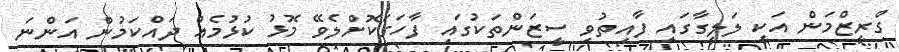
ގްރީޒްމަން އަކީ ލަލީގާގައި ފާއިތުވި ސީޒަންތަކުގައި ފާހަގަކޮށްލެވޭ މޮޅު ކުޅުމެއް ދައްކަމުން އަންނަ